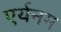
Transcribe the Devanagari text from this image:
एर्यनम